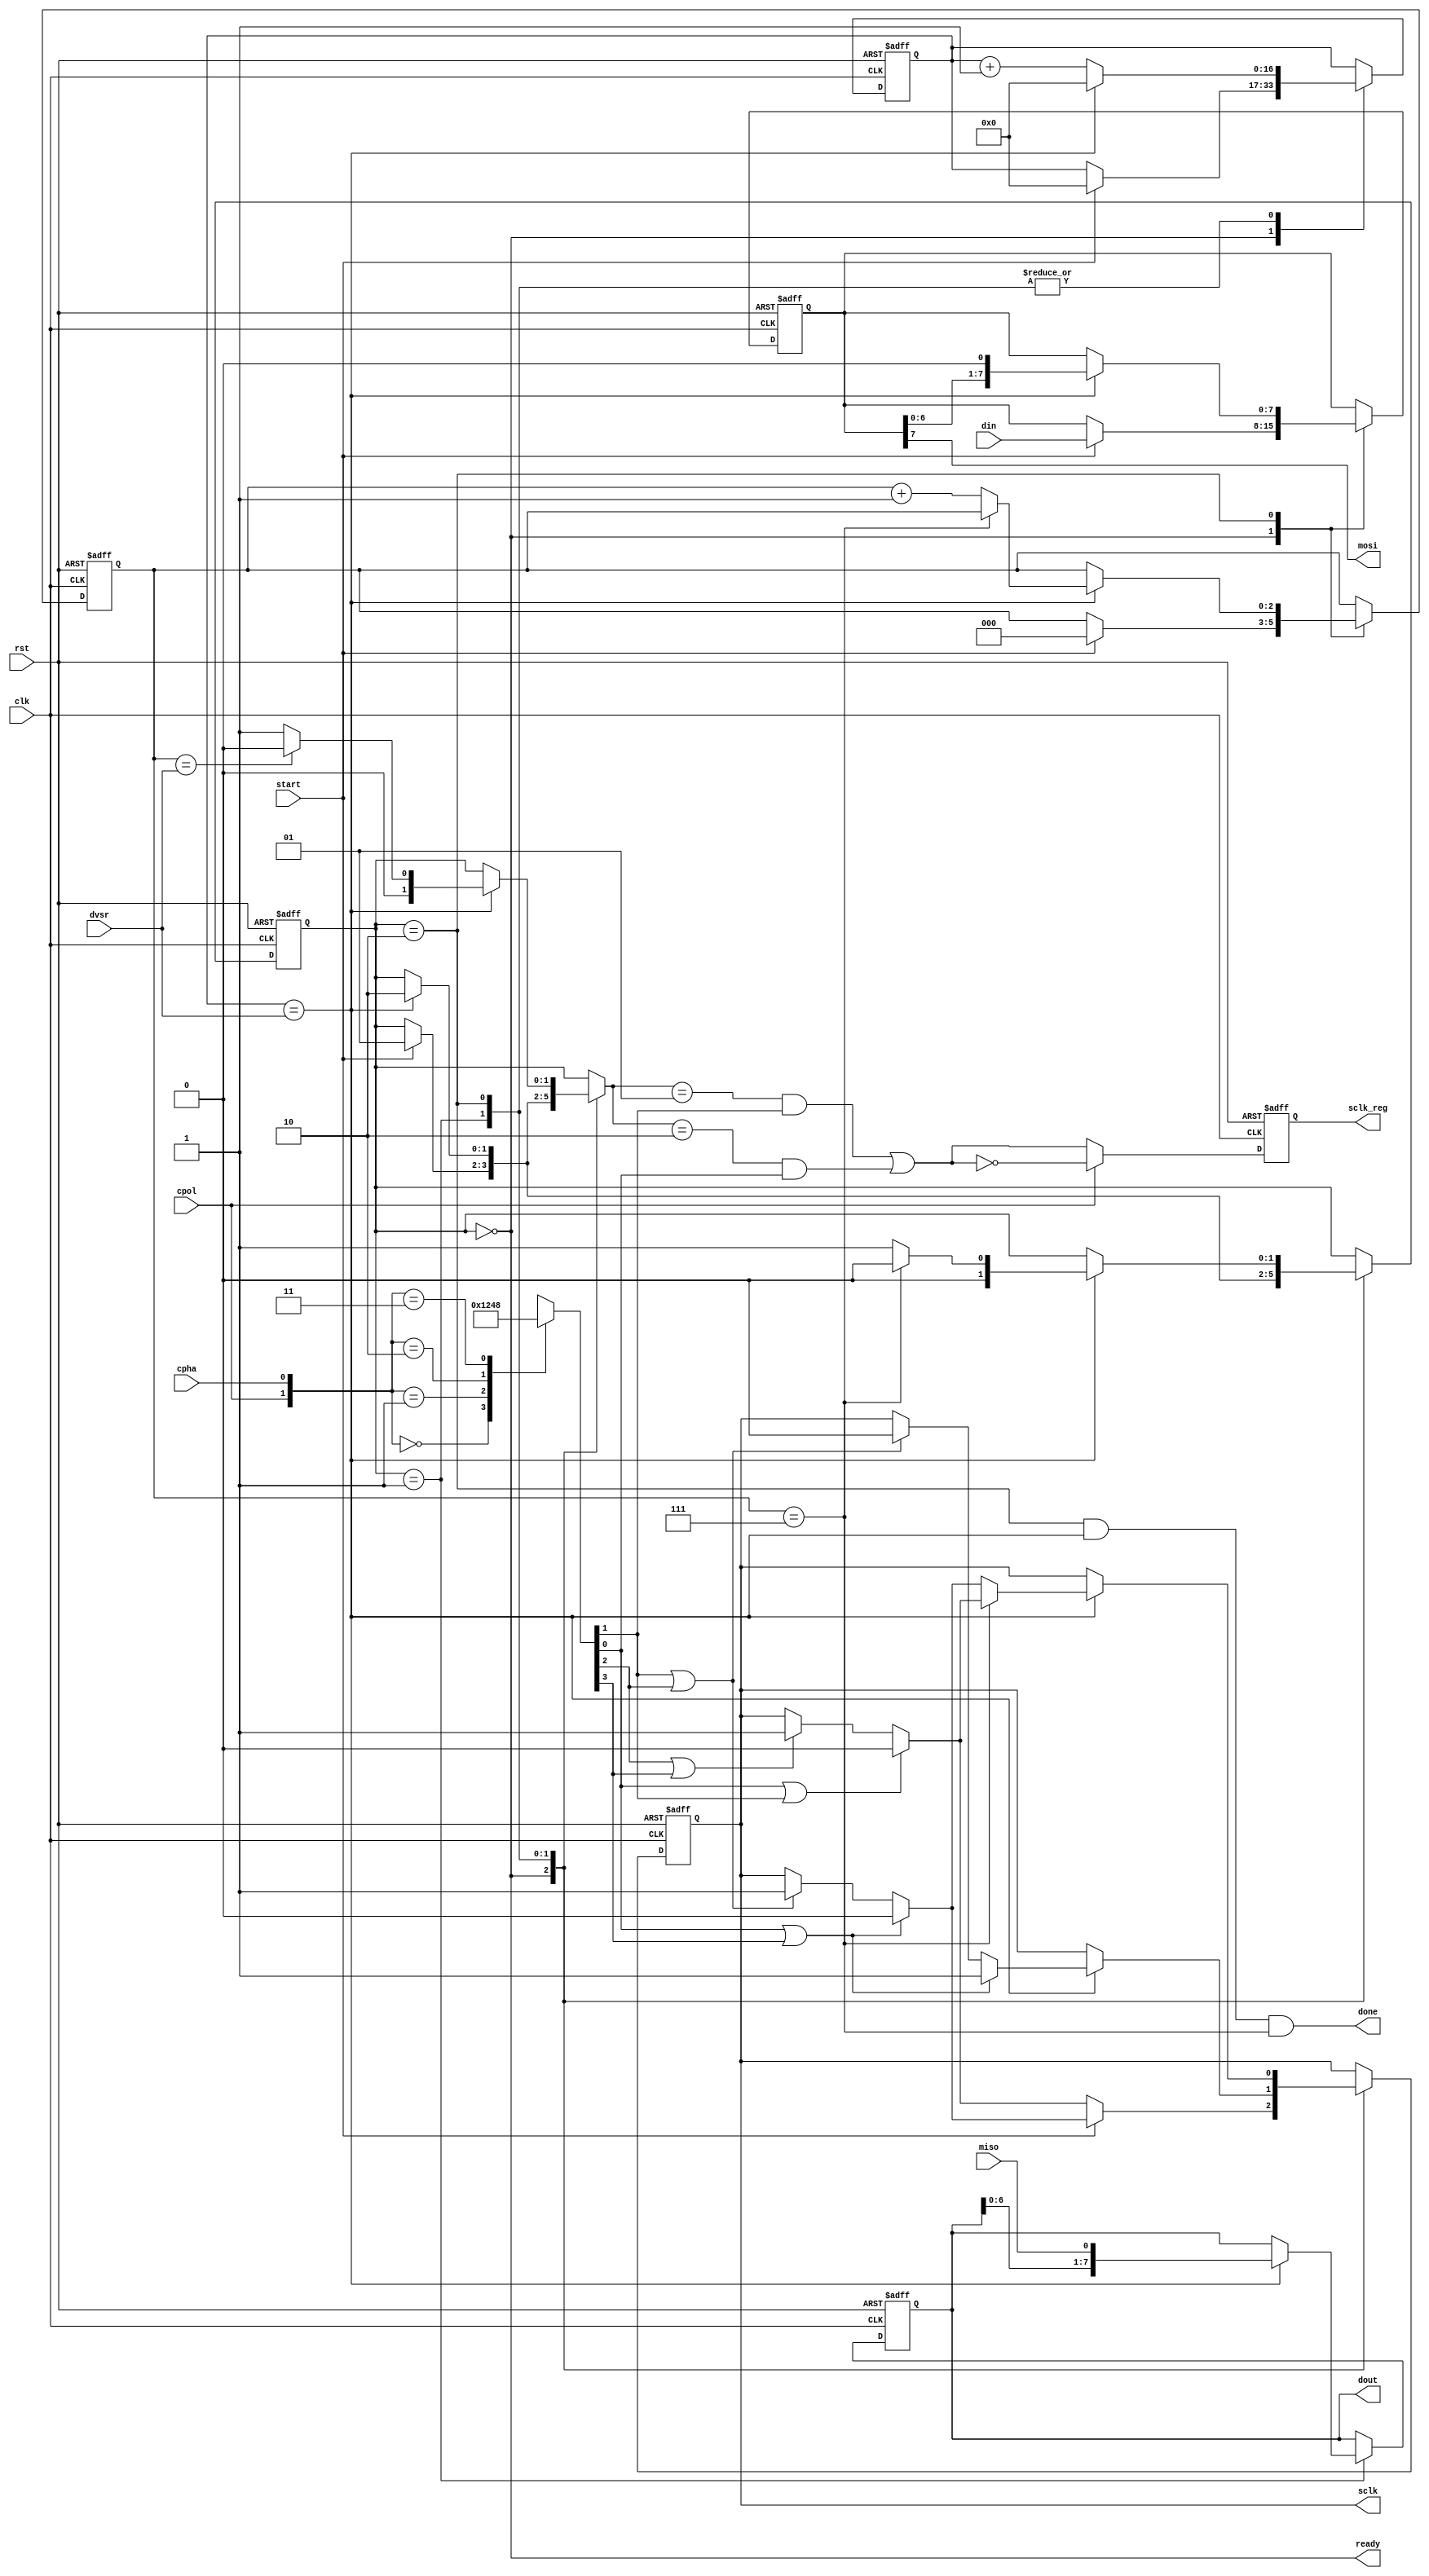
module spi_ctrlr(clk,
				 rst,
				 start,
				 dvsr,
				 din,
				 dout,
				 miso,
				 mosi,
				 sclk,
				 done,
				 cpha,
				 cpol,
				 ready,
				 sclk_reg);
				 
parameter DVSR = 65536;
parameter dvsr_w = $clog2(DVSR);
parameter D_BITS = 8;
localparam bit_counter_w = $clog2(D_BITS);
localparam IDLE	= 2'b00;
localparam WAIT_1 = 2'b01;
localparam WAIT_2 = 2'b10;
localparam MODE_0 = 2'b00;
localparam MODE_1 = 2'b01;
localparam MODE_2 = 2'b10;
localparam MODE_3 = 2'b11;

input clk;
input rst;
input start;
input [dvsr_w - 1 :0] dvsr;
input miso;
input [D_BITS - 1 :0] din;
input cpha;
input cpol;


output mosi;
output sclk;
output done;
output ready;
output [D_BITS - 1:0] dout;
output sclk_reg;

reg [dvsr_w :0] dvsr_reg;
reg [D_BITS - 1 :0] TX_reg;
reg [D_BITS - 1 :0] RX_reg;
reg [bit_counter_w - 1:0] bit_counter;
reg [1:0] state_reg;
reg [3:0] mode ;
reg sclk;
reg sclk_reg;
reg [3:0] next_state;
wire p_clk;
wire sclk_next;

always@(posedge clk ,negedge rst) 
if(!rst) sclk_reg <= 0;
else sclk_reg <= sclk_next;

always@(posedge clk ,negedge rst)
if(!rst)begin
state_reg <= IDLE;
bit_counter <= 0;
dvsr_reg <= 0;
RX_reg <=0;
TX_reg <= 0 ;
sclk <= 0;
end


else 
case(state_reg)

IDLE		:		begin
					if(start) begin 
					TX_reg <= din;
					bit_counter <= 0 ;
					dvsr_reg <= 0;
					state_reg <= WAIT_1;
					if(mode[0] || mode[3] ) sclk <= 0;
					else if( mode[1] || mode[2]) sclk <= 1;
					end
					else begin
					if(mode[0] || mode[1] ) sclk <= 0;
					else if( mode[2] || mode[3]) sclk <= 1;
					end
					end

WAIT_1		:		begin
					if(dvsr_reg == dvsr) begin
					state_reg <= WAIT_2;
					RX_reg <= {RX_reg[6:0],miso};
					dvsr_reg <= 0;
					if(mode[0] || mode[3] ) sclk <= 1;
					else if( mode[1] || mode[2]) sclk <= 0;
					end
					else 
					dvsr_reg <= dvsr_reg + 1;
					
					end

WAIT_2		:		begin
					if(dvsr_reg == dvsr) begin
					dvsr_reg <= 0;
					TX_reg <= {TX_reg[6:0],1'b0};
					if(bit_counter == D_BITS-1)begin					
					state_reg <= IDLE;
					if(mode[0] || mode[1] ) sclk <= 0;
					else if( mode[2] || mode[3]) sclk <= 1;
					end
					else begin
					bit_counter <= bit_counter + 1;
					state_reg <= WAIT_1;
					if(mode[0] || mode[3] ) sclk <= 0;
					else if( mode[1] || mode[2]) sclk <= 1;
					end
					end
					else dvsr_reg <= dvsr_reg + 1;
					end
endcase


always@* begin
mode = 0;
case({cpol,cpha})

MODE_0			:		mode = 4'b0001;

MODE_1			:		mode = 4'b0010;

MODE_2			:		mode = 4'b0100;

MODE_3			:		mode = 4'b1000;
endcase
end

always@* begin
next_state = state_reg ;
case(state_reg)
IDLE		:			 begin
						 if(start)begin
						 next_state = WAIT_1;
						 end
						 end


WAIT_1		:			 begin						 
						 if(dvsr_reg == dvsr) next_state = WAIT_2;
						 end
						 
WAIT_2		:			 begin
						 if(dvsr_reg == dvsr )
						 if(bit_counter == dvsr)
						 next_state = IDLE;
						 else next_state = WAIT_1; 
						 end
						 
endcase
end


assign p_clk = (next_state == WAIT_1 && mode[1] ) || (next_state == WAIT_2 && mode[0]);
assign sclk_next = cpol ? ~p_clk : p_clk;
assign mosi = TX_reg[D_BITS-1];
assign ready = state_reg == IDLE;
assign done = state_reg == WAIT_2 && (dvsr_reg == dvsr) && (bit_counter == D_BITS-1);
assign dout = RX_reg;



endmodule